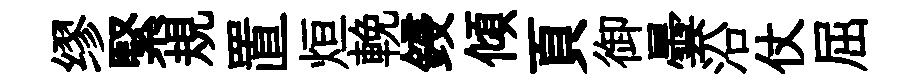
缪緊規置烜輓鋟傾頁御曇沿仗屈